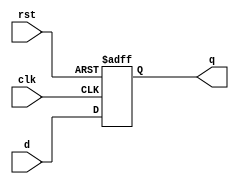
`timescale 1ns / 1ps

module reg_4bit(
    input [3:0] d,
    input clk,
    input rst,
    output reg [3:0] q
    );
    always @(posedge clk or negedge rst)
        if( !rst)
            q <= 4'b0000;
        else
            q <= d;
endmodule